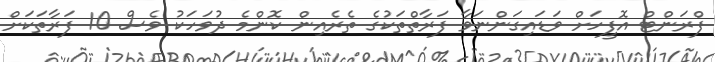
ފްރަންޓް އޮފީހަށް ވަޑައިގަންނަވާ ފަރާތްތަކުގެ ތެރެއިން ކޮންމެ ދުވަހަކު ވެސް 10 ފަރާތަކަށް